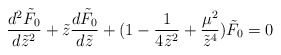
\begin{align*}\frac{d^2\tilde F_0}{d\tilde z^2}+\tilde z\frac{d\tilde F_0}{d\tilde z}+(1-\frac{1}{4\tilde z^2}+\frac{\mu^{2}}{\tilde z^{4}})\tilde F_0=0\end{align*}